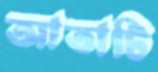
আতাটি